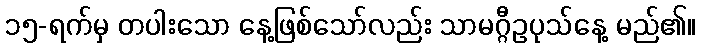
၁၅-ရက်မှ တပါးသော နေ့ဖြစ်သော်လည်း သာမဂ္ဂီဥပုသ်နေ့ မည်၏။